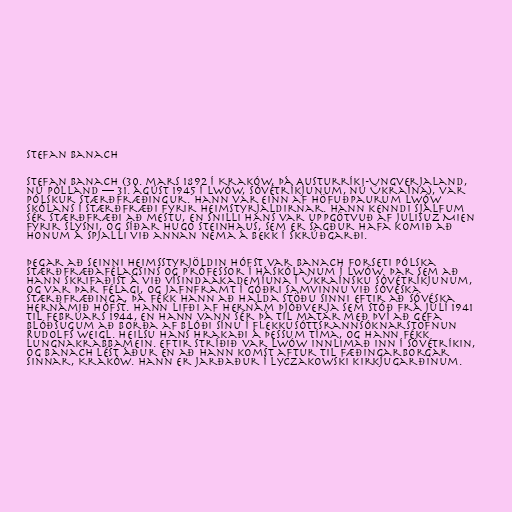
Stefan Banach

Stefan Banach (30. mars 1892 í Kraków, þá Austurríki-Ungverjaland,
nú Pólland — 31. ágúst 1945 í Lwów, Sóvétríkjunum, nú Úkraína), var
pólskur stærðfræðingur. Hann var einn af höfuðpaurum Lwów
skólans í stærðfræði fyrir heimstyrjaldirnar. Hann kenndi sjálfum
sér stærðfræði að mestu, en snilli hans var uppgötvuð af Julisuz Mien
fyrir slysni, og síðar Hugo Steinhaus, sem er sagður hafa komið að
honum á spjalli við annan nema á bekk í skrúðgarði.

Þegar að seinni heimsstyrjöldin hófst var Banach forseti Pólska
stærðfræðafélagsins og prófessor í háskólanum í Lwów. Þar sem að
hann skrifaðist á við vísindaakademíuna í Úkraínsku sóvétríkjunum,
og var þar félagi, og jafnframt í góðri samvinnu við sóvéska
stærðfræðinga, þá fékk hann að halda stöðu sinni eftir að sóvéska
hernámið hófst. Hann lifði af hernám Þjóðverja sem stóð frá júlí 1941
til febrúars 1944, en hann vann sér þá til matar með því að gefa
blóðsugum að borða af blóði sínu í flekkusóttsrannsóknarstofnun
Rudolfs Weigl. Heilsu hans hrakaði á þessum tíma, og hann fékk
lungnakrabbamein. Eftir stríðið var Lwów innlimað inn í Sóvétríkin,
og Banach lést áður en að hann komst aftur til fæðingarborgar
sinnar, Kraków. Hann er jarðaður í Lyczakowski kirkjugarðinum.